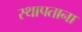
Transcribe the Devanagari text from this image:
स्थापताना